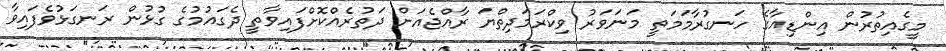
މީގެއިތުރުން އިންޑިއާގެ ހަނގުރާމަމަތީ މަނަވަރު ވިކްރަމަދިތްޔަ ރާއްޖެއަށް ދަތުރެއްކޮށްފައިވާތީ ދެގައުމުގެ ގުޅުން ރަނގަޅުވެފައިވާ